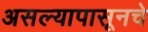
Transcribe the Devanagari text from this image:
असल्यापासूनचे